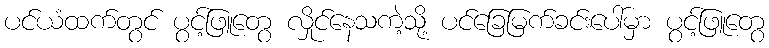
ပင်ယံထက်တွင် ပွင့်ဖြူတွေ လှိုင်နေသကဲ့သို့ ပင်ခြေမြက်ခင်းပေါ်မှာ ပွင့်ဖြူတွေ